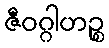
ဇီဝဂ္ဂါဟဉ္စ